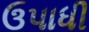
ઉપાધી